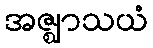
အဇ္ဈာသယံ